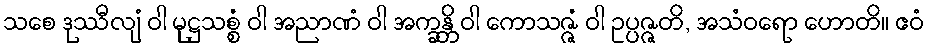
သစေ ဒုဿီလျံ ဝါ မုဋ္ဌသစ္စံ ဝါ အညာဏံ ဝါ အက္ခန္တိ ဝါ ကောသဇ္ဇံ ဝါ ဥပ္ပဇ္ဇတိ, အသံဝရော ဟောတိ။ ဧဝံ